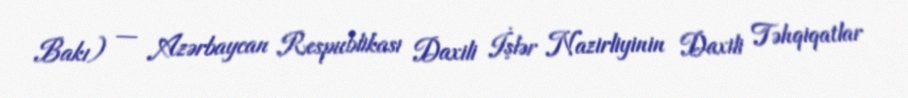
Bakı) — Azərbaycan Respublikası Daxili İşlər Nazirliyinin Daxili Təhqiqatlar